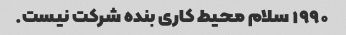
۱۹۹۰ سلام محیط کاری بنده شرکت نیست.